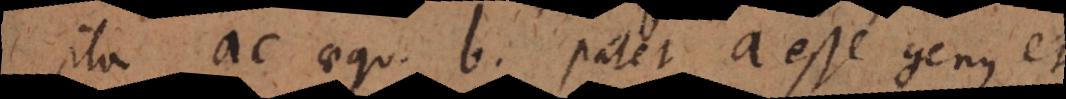
ita ac aequ. b, patet a esse genus et